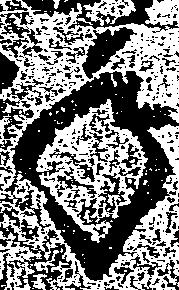
年